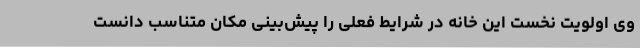
وی اولویت نخست این خانه در شرایط فعلی را پیش‌بینی مکان متناسب دانست